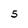
Character: 5